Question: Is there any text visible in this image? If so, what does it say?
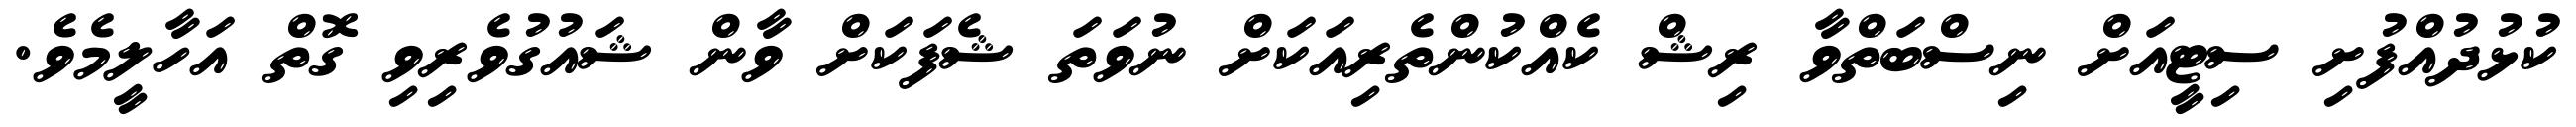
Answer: ކުޅުދުއްފުށި ސިޓީއަށް ނިސްބަތްވާ ރިޝް ކެއްކުންތެރިއަކަށް ނުވަތަ ޝެފަކަށް ވާން ޝައުގުވެރިވި ގޮތް އަހާލީމެވެ.